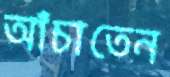
আঁচাতেন